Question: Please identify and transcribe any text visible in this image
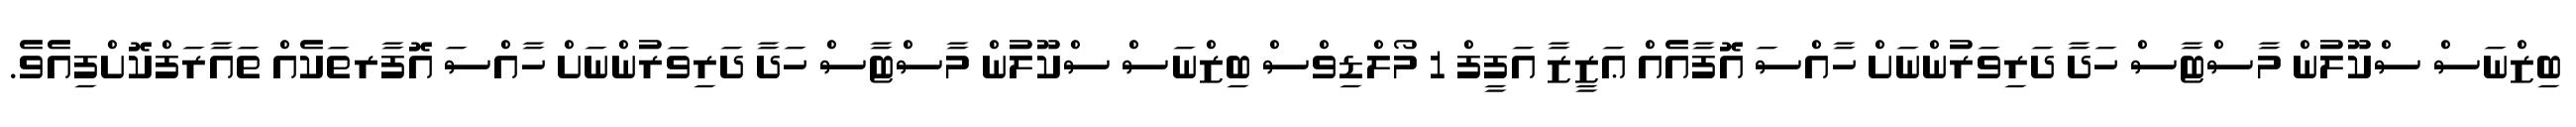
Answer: ބިޒްނަސް ސްކޫލުން މާސްޓާސް ހަދާ ދަރިވަރުންނަށް ހާއްސަ އޮފާއެއް ޢަޒީޒާ އަފީފް 1 މޯލްޑިވްސް ބިޒްނަސް ސްކޫލުން މާސްޓާސް ހަދާ ދަރިވަރުންނަށް ހާއްސަ އޮފާރތަކެއް ތައާރަފްކޮށްފިއެވެ.